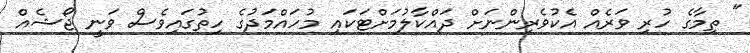
" ތިމާގެ ހުރި ވަރެއް އެކުވެރިންނަށް ދައްކާލުމަށްޓަކައި މުހައްމަދުގެ ހިތުގައިވެސް ވަނީ ޖޯޝެއް